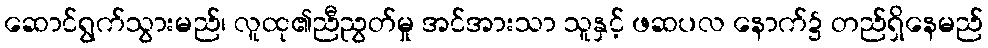
ဆောင်ရွက်သွားမည်၊ လူထု၏ညီညွတ်မှု အင်အားသာ သူနှင့် ဖဆပလ နောက်၌ တည်ရှိနေမည်